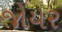
જોયર